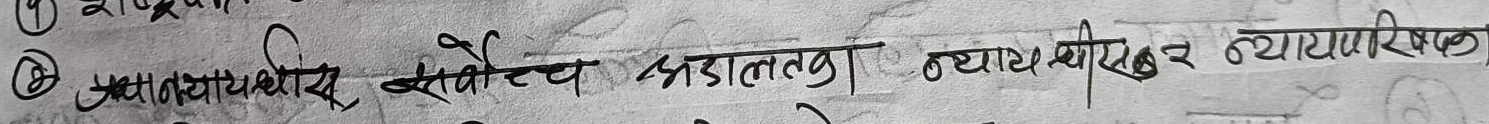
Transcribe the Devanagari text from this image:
न्यायधीश सर्वोच्च अदालत | न्यायधिशहरु न्याय परिषद